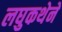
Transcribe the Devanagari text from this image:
लघुकथेने